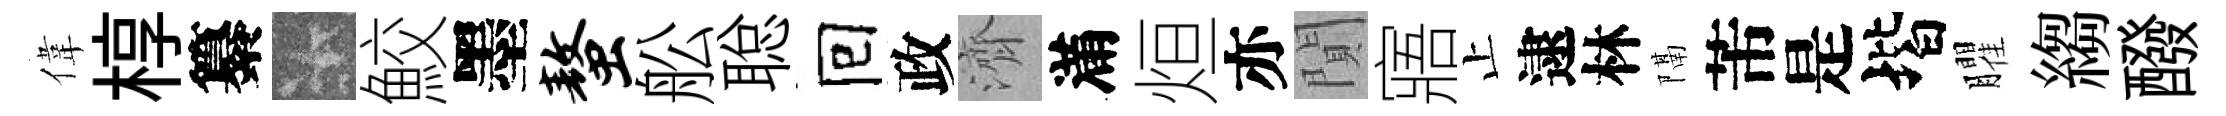
偉椁纂卡鮫墨螯舩聪囘政濟滿烜亦閴寤止逮林隔芾是堦臞縐醱